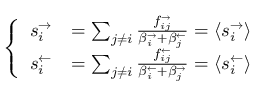
\left\{ \begin{array} { l l } { s _ { i } ^ { \rightarrow } } & { = \sum _ { j \neq i } \frac { f _ { i j } ^ { \rightarrow } } { \beta _ { i } ^ { \rightarrow } + \beta _ { j } ^ { \leftarrow } } = \langle s _ { i } ^ { \rightarrow } \rangle } \\ { s _ { i } ^ { \leftarrow } } & { = \sum _ { j \neq i } \frac { f _ { i j } ^ { \leftarrow } } { \beta _ { i } ^ { \leftarrow } + \beta _ { j } ^ { \rightarrow } } = \langle s _ { i } ^ { \leftarrow } \rangle } \end{array} \right.